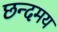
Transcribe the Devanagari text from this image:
छन्दमय